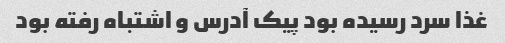
غذا سرد رسیده بود پیک آدرس و اشتباه رفته بود